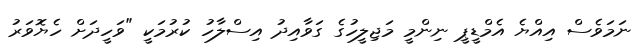
ނަމަވެސް އިއްޔެ އެމްޑީޕީ ނިންމީ މަޖިލީހުގެ ގަވާއިދު އިސްލާހު ކުރުމަކީ "ވަހީދަށް ހެޔޮވަރު